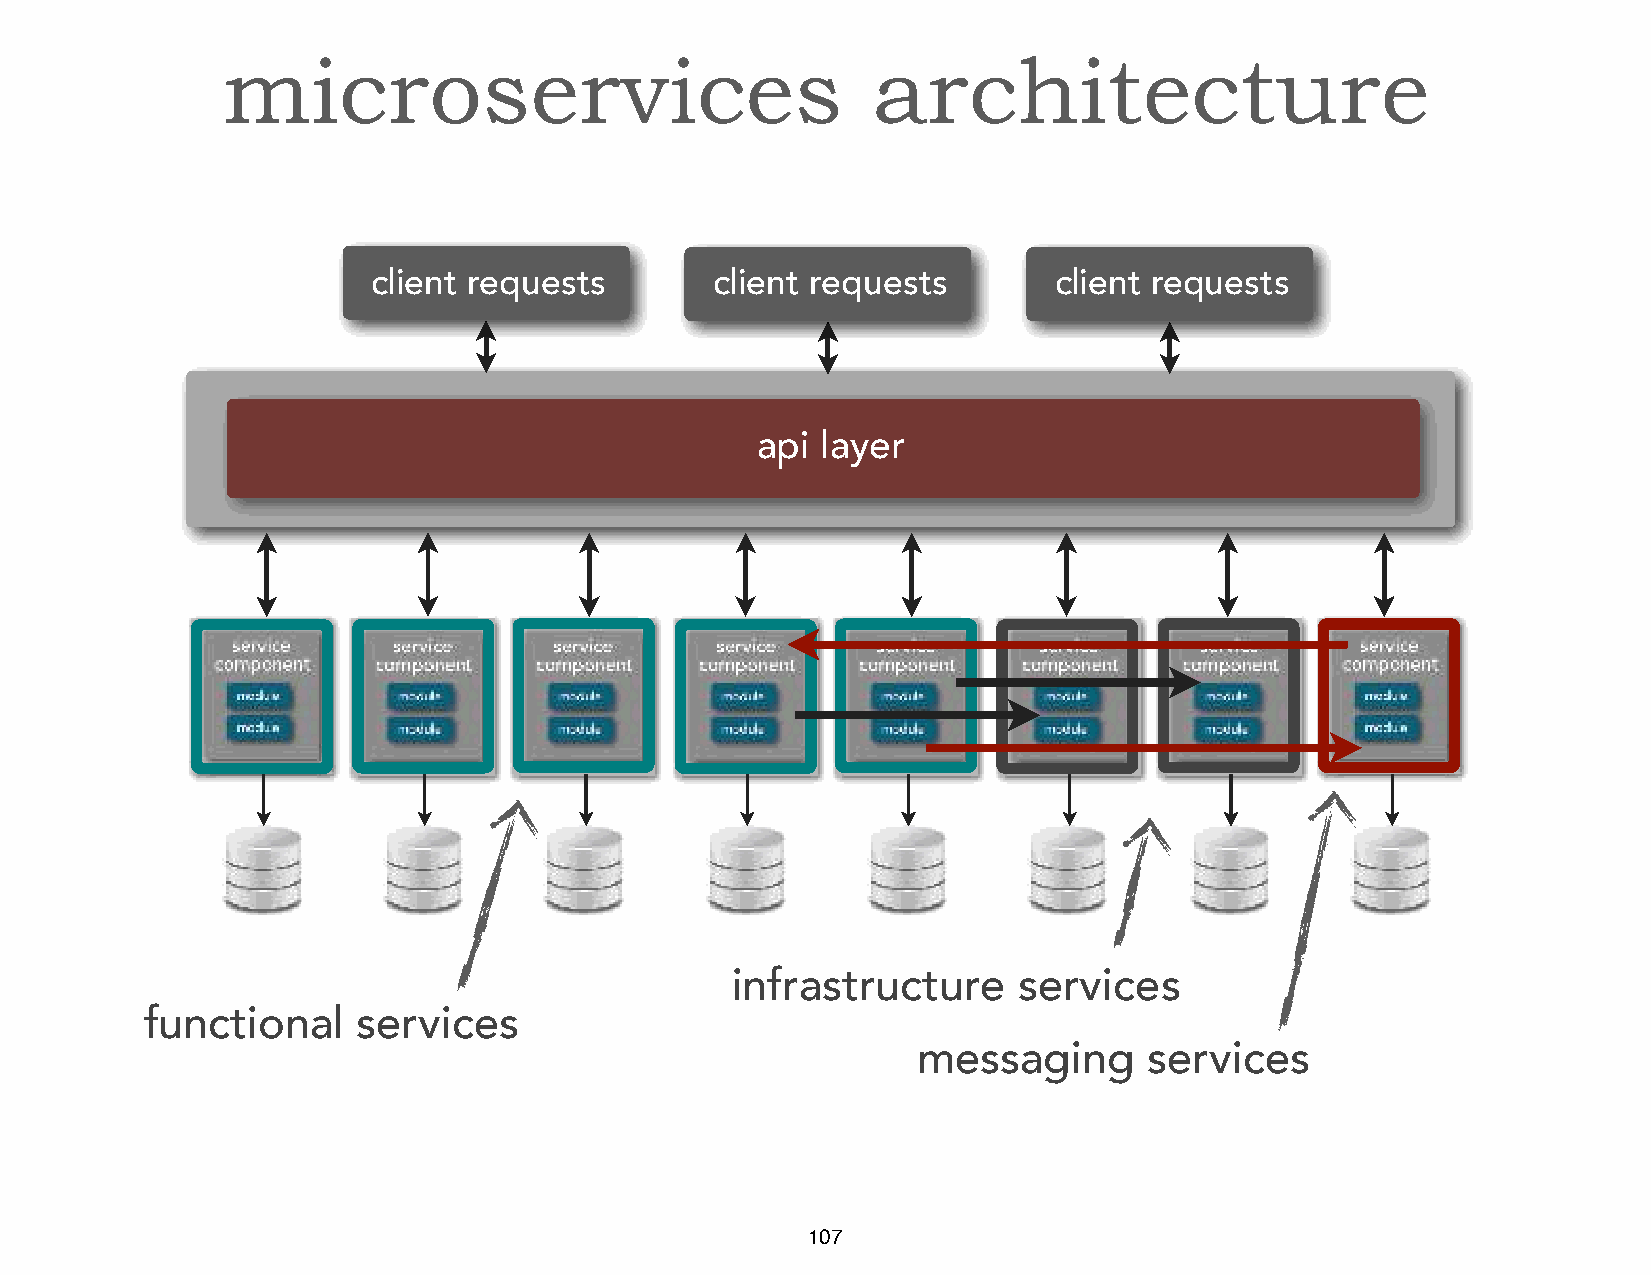
microservices                              architecture
 client requests       client requests        client requests
 api layer
 infrastructure     services
 functional    services
 messaging      services
 107